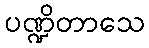
ပဏ္ဍိတာသေ